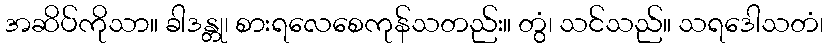
အဆိပ်ကိုသာ။ ခါဒန္တု၊ စားရလေစေကုန်သတည်း။ တွံ၊ သင်သည်။ သရဒေါသတံ၊